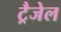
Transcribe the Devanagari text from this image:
ट्रैजेल